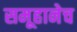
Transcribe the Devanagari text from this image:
समूहानेच